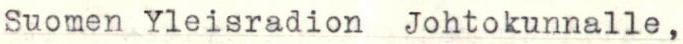
Suomen Yleisradion Johtokunnalle,